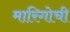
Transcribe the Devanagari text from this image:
मारिगोची